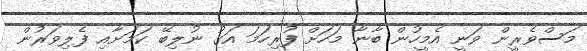
މަސްވެރީން ވަނީ އެމީހުން ބާނާ މަހަށް ފުރިހަމަ އަގު ނުލިބޭ ކަމަށާއި ފެލިވަރުން